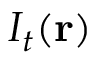
I _ { t } ( \mathbf { r } )